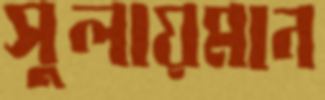
সুলায়মান